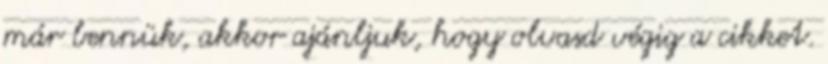
már bennük, akkor ajánljuk, hogy olvasd végig a cikket.